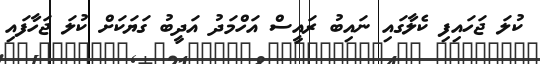
ކުލަ ޖަހައިފި ކެލާގައި ނައިބު ރައީސް އަހްމަދު އަދީބު ގަޔަކަށް ކުލަ ޖަހާފައި